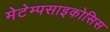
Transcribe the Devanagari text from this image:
मेटेम्पसाइकोसिस